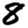
Digit: 8